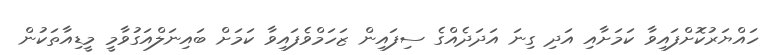
ހައްޔަރުކޮށްފައިވާ ކަމަށާއި އަދި ގިނަ އަދަދެއްގެ ސިފައިން ޒަހަމްވެފައިވާ ކަމަށް ބައިނަލްއަގުވާމީ މީޑިއާތަކުން